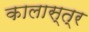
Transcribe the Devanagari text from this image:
कालास्त्र